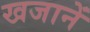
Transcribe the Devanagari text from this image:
खजानें